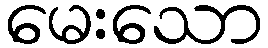
မေးသော